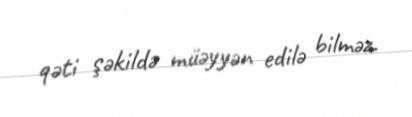
qəti şəkildə müəyyən edilə bilməz.